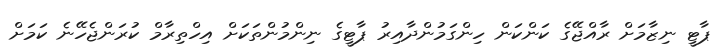
ޕާޓީ ނިޒާމަށް ރާއްޖޭގެ ކަންކަން ހިންގަމުންދާއިރު ޕާޓީގެ ނިންމުންތަކަށް އިހްތިރާމް ކުރަންޖެހޭނެ ކަމަށް